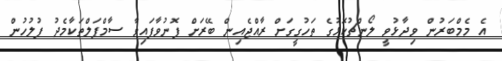
އެ މެމްބަރުން ވިދާޅުވީ ލޯންޗުކޮޅުގެ ތަހުގީގަށް ރާއްޖެއިން ބޭރަށް ފޮނުވާފައިވާ ސާމްޕަލްތަކާމެދު ފުލުހުން